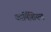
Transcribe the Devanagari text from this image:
कार्मिशियल